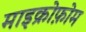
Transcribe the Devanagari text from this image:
माइक्रोफ़ोम